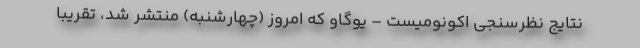
نتایج نظرسنجی اکونومیست – یوگاو که امروز (چهارشنبه) منتشر شد، تقریبا